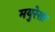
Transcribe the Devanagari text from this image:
मयुरेशा